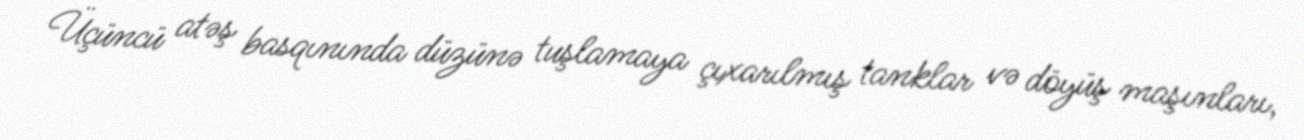
Üçüncü atəş basqınında düzünə tuşlamaya çıxarılmış tanklar və döyüş maşınları,